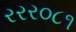
રરર૦૮૧